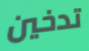
تدخين